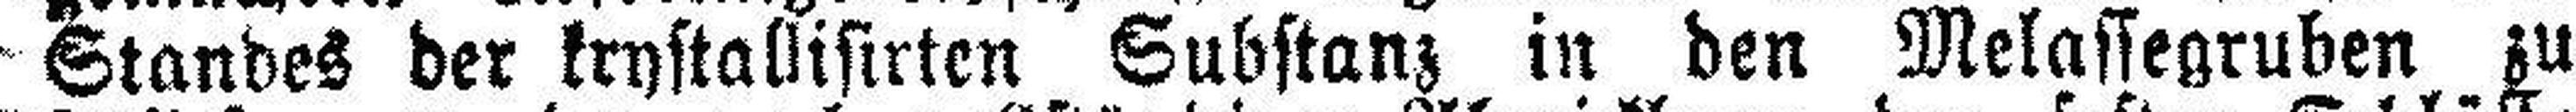
Standes der krystallisirten Substanz in den Melassegruben zu